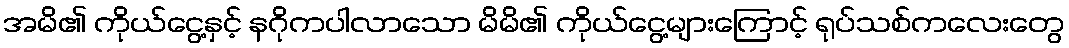
အမိ၏ ကိုယ်ငွေ့နှင့် နဂိုကပါလာသော မိမိ၏ ကိုယ်ငွေ့များကြောင့် ရုပ်သစ်ကလေးတွေ